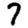
Digit: 7